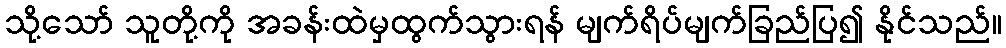
သို့သော် သူတို့ကို အခန်းထဲမှထွက်သွားရန် မျက်ရိပ်မျက်ခြည်ပြ၍ နိုင်သည်။